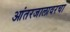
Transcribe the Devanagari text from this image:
आंतरजालावरचा